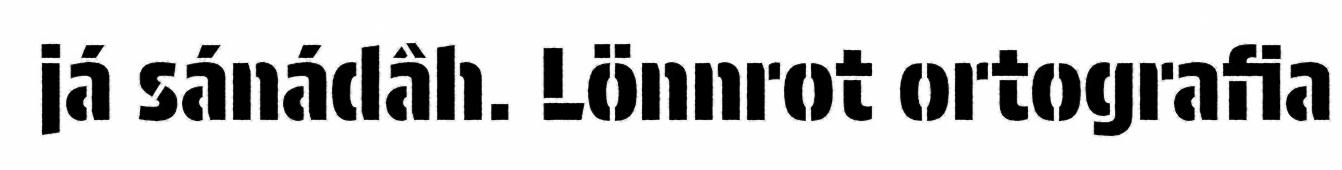
já sánádâh. Lönnrot ortografia